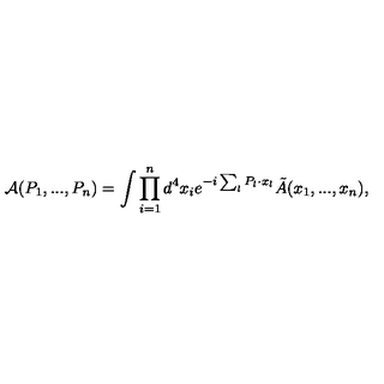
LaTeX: { \cal A } ( P _ { 1 } , . . . , P _ { n } ) = \int \prod _ { i = 1 } ^ { n } d ^ { 4 } x _ { i } e ^ { - i \sum _ { l } P _ { l } \cdot x _ { l } } \tilde { A } ( x _ { 1 } , . . . , x _ { n } ) ,